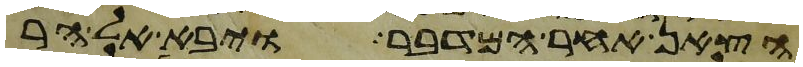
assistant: הצאן אחר המדבר ויבא אל הר